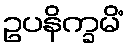
ဥပနိက္ခမိံ